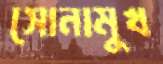
সোনামুখ